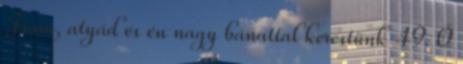
Fiam, atyád és én nagy bánattal kerestünk 49. Ő